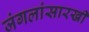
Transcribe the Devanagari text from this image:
जंगलांसारखी